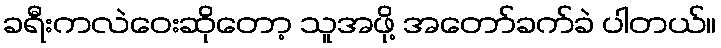
ခရီးကလဲဝေးဆိုတော့ သူအဖို့ အတော်ခက်ခဲ ပါတယ်။